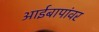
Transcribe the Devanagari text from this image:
आईबापांवर